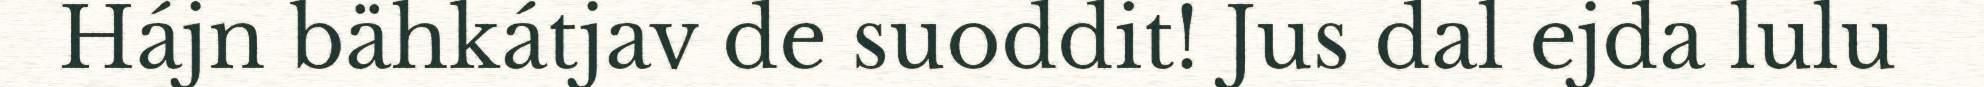
Hájn bähkátjav de suoddit! Jus dal ejda lulu